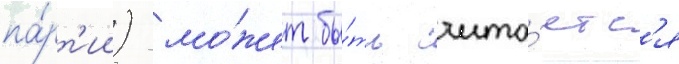
па́рт'ии) мо́жет бы́ть счита́етс'я